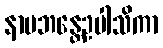
နာမဘန္တေဥပါသိကာ